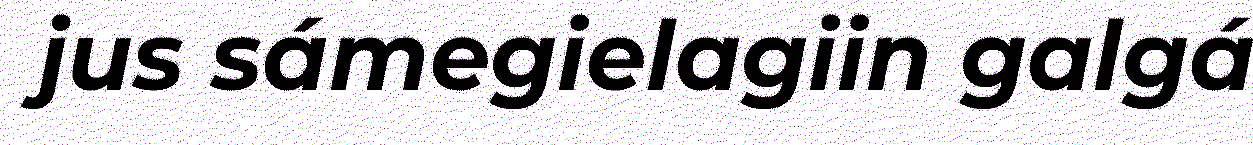
jus sámegielagiin galgá